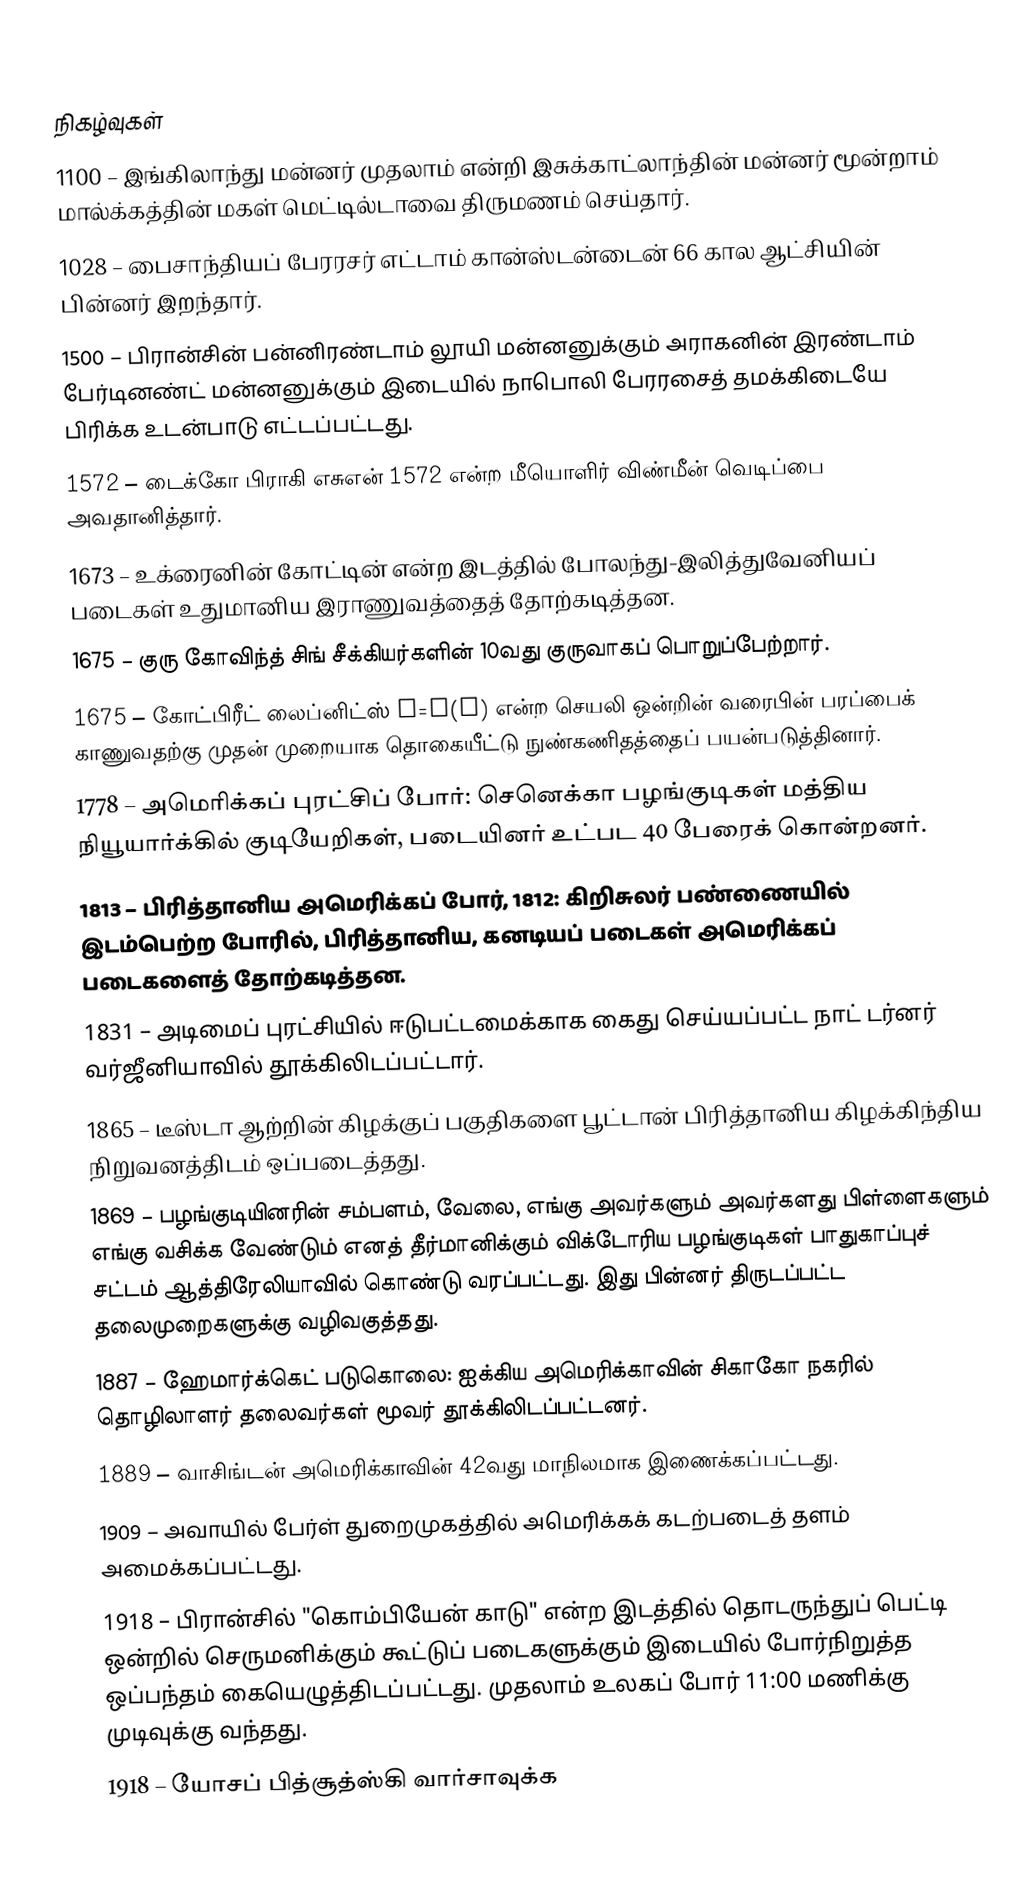

நிகழ்வுகள்
1100 – இங்கிலாந்து மன்னர் முதலாம் என்றி இசுக்காட்லாந்தின் மன்னர் மூன்றாம் மால்க்கத்தின் மகள் மெட்டில்டாவை திருமணம் செய்தார்.
1028 – பைசாந்தியப் பேரரசர் எட்டாம் கான்ஸ்டன்டைன் 66 கால ஆட்சியின் பின்னர் இறந்தார்.
1500 – பிரான்சின் பன்னிரண்டாம் லூயி மன்னனுக்கும் அராகனின் இரண்டாம் பேர்டினண்ட் மன்னனுக்கும் இடையில் நாபொலி பேரரசைத் தமக்கிடையே பிரிக்க உடன்பாடு எட்டப்பட்டது.
1572 – டைக்கோ பிராகி எசுஎன் 1572 என்ற மீயொளிர் விண்மீன் வெடிப்பை அவதானித்தார்.
1673 – உக்ரைனின் கோட்டின் என்ற இடத்தில் போலந்து-இலித்துவேனியப் படைகள் உதுமானிய இராணுவத்தைத் தோற்கடித்தன.
1675 – குரு கோவிந்த் சிங் சீக்கியர்களின் 10வது குருவாகப் பொறுப்பேற்றார்.
1675 – கோட்பிரீட் லைப்னிட்ஸ் y=f(x) என்ற செயலி ஒன்றின் வரைபின் பரப்பைக் காணுவதற்கு முதன் முறையாக தொகையீட்டு நுண்கணிதத்தைப் பயன்படுத்தினார்.
1778 – அமெரிக்கப் புரட்சிப் போர்: செனெக்கா பழங்குடிகள் மத்திய நியூயார்க்கில் குடியேறிகள், படையினர் உட்பட 40 பேரைக் கொன்றனர்.
1813 – பிரித்தானிய அமெரிக்கப் போர், 1812: கிறிசுலர் பண்ணையில் இடம்பெற்ற போரில், பிரித்தானிய, கனடியப் படைகள் அமெரிக்கப் படைகளைத் தோற்கடித்தன.
1831 – அடிமைப் புரட்சியில் ஈடுபட்டமைக்காக கைது செய்யப்பட்ட நாட் டர்னர் வர்ஜீனியாவில் தூக்கிலிடப்பட்டார்.
1865 – டீஸ்டா ஆற்றின் கிழக்குப் பகுதிகளை பூட்டான் பிரித்தானிய கிழக்கிந்திய நிறுவனத்திடம் ஒப்படைத்தது.
1869 – பழங்குடியினரின் சம்பளம், வேலை, எங்கு அவர்களும் அவர்களது பிள்ளைகளும் எங்கு வசிக்க வேண்டும் எனத் தீர்மானிக்கும் விக்டோரிய பழங்குடிகள் பாதுகாப்புச் சட்டம் ஆத்திரேலியாவில் கொண்டு வரப்பட்டது. இது பின்னர் திருடப்பட்ட தலைமுறைகளுக்கு வழிவகுத்தது.
1887 – ஹேமார்க்கெட் படுகொலை: ஐக்கிய அமெரிக்காவின் சிகாகோ நகரில் தொழிலாளர் தலைவர்கள் மூவர் தூக்கிலிடப்பட்டனர்.
1889 – வாசிங்டன் அமெரிக்காவின் 42வது மாநிலமாக இணைக்கப்பட்டது.
1909 – அவாயில் பேர்ள் துறைமுகத்தில் அமெரிக்கக் கடற்படைத் தளம் அமைக்கப்பட்டது.
1918 – பிரான்சில் "கொம்பியேன் காடு" என்ற இடத்தில் தொடருந்துப் பெட்டி ஒன்றில் செருமனிக்கும் கூட்டுப் படைகளுக்கும் இடையில் போர்நிறுத்த ஒப்பந்தம் கையெழுத்திடப்பட்டது. முதலாம் உலகப் போர் 11:00 மணிக்கு முடிவுக்கு வந்தது.
1918 – யோசப் பித்சூத்ஸ்கி வார்சாவுக்க